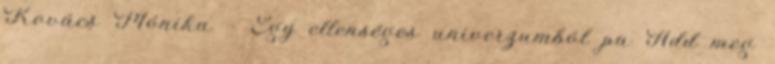
Kovács Mónika - Egy ellenséges univerzumból pa Add meg